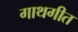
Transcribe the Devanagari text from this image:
गाथगीत